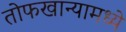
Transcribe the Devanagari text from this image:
तोफखान्यामध्ये